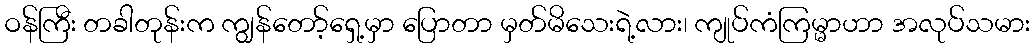
ဝန်ကြီး တခါတုန်းက ကျွန်တော့်ရှေ့မှာ ပြောတာ မှတ်မိသေးရဲ့လား၊ ကျုပ်ကံကြမ္မာဟာ အလုပ်သမား